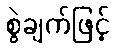
စွဲချက်ဖြင့်